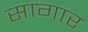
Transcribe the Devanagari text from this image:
सागार